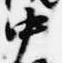
中